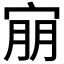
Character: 𫳕